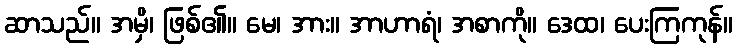
ဆာသည်။ အမှိ၊ ဖြစ်၏။ မေ၊ အား။ အာဟာရံ၊ အစာကို။ ဒေထ၊ ပေးကြကုန်။